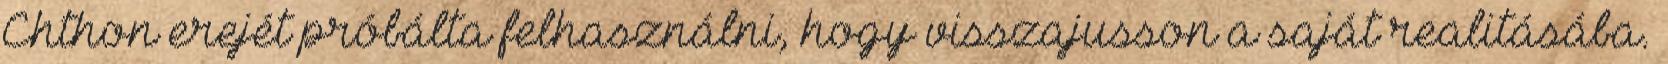
Chthon erejét próbálta felhasználni, hogy visszajusson a saját realitásába.